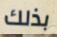
بذلك